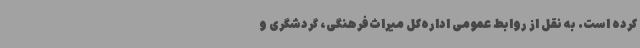
کرده است. به نقل از روابط عمومی اداره‌کل میراث‌فرهنگی، گردشگری و